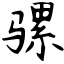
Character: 骡